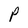
Character: P